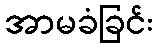
အာမခံခြင်း